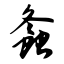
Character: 螽